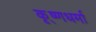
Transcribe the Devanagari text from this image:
कृ्ष्णधर्मा